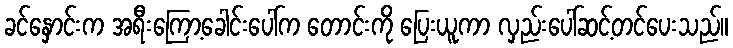
ခင်နှောင်းက အရီးကြော့ခေါင်းပေါ်က တောင်းကို ပြေးယူကာ လှည်းပေါ်ဆင့်တင်ပေးသည်။